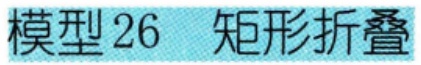
模型 26  矩形折叠